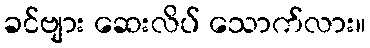
ခင်ဗျား ဆေးလိပ် သောက်လား။